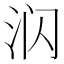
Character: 𰛛